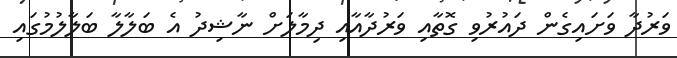
ވަރުދާ ވަށައިގެން ދައުރުވި ގޮތާއި ވަރުދާއާއި ދިމާލަށް ނާޝިދު އެ ބަލާލާ ބަލާލުމުގައި